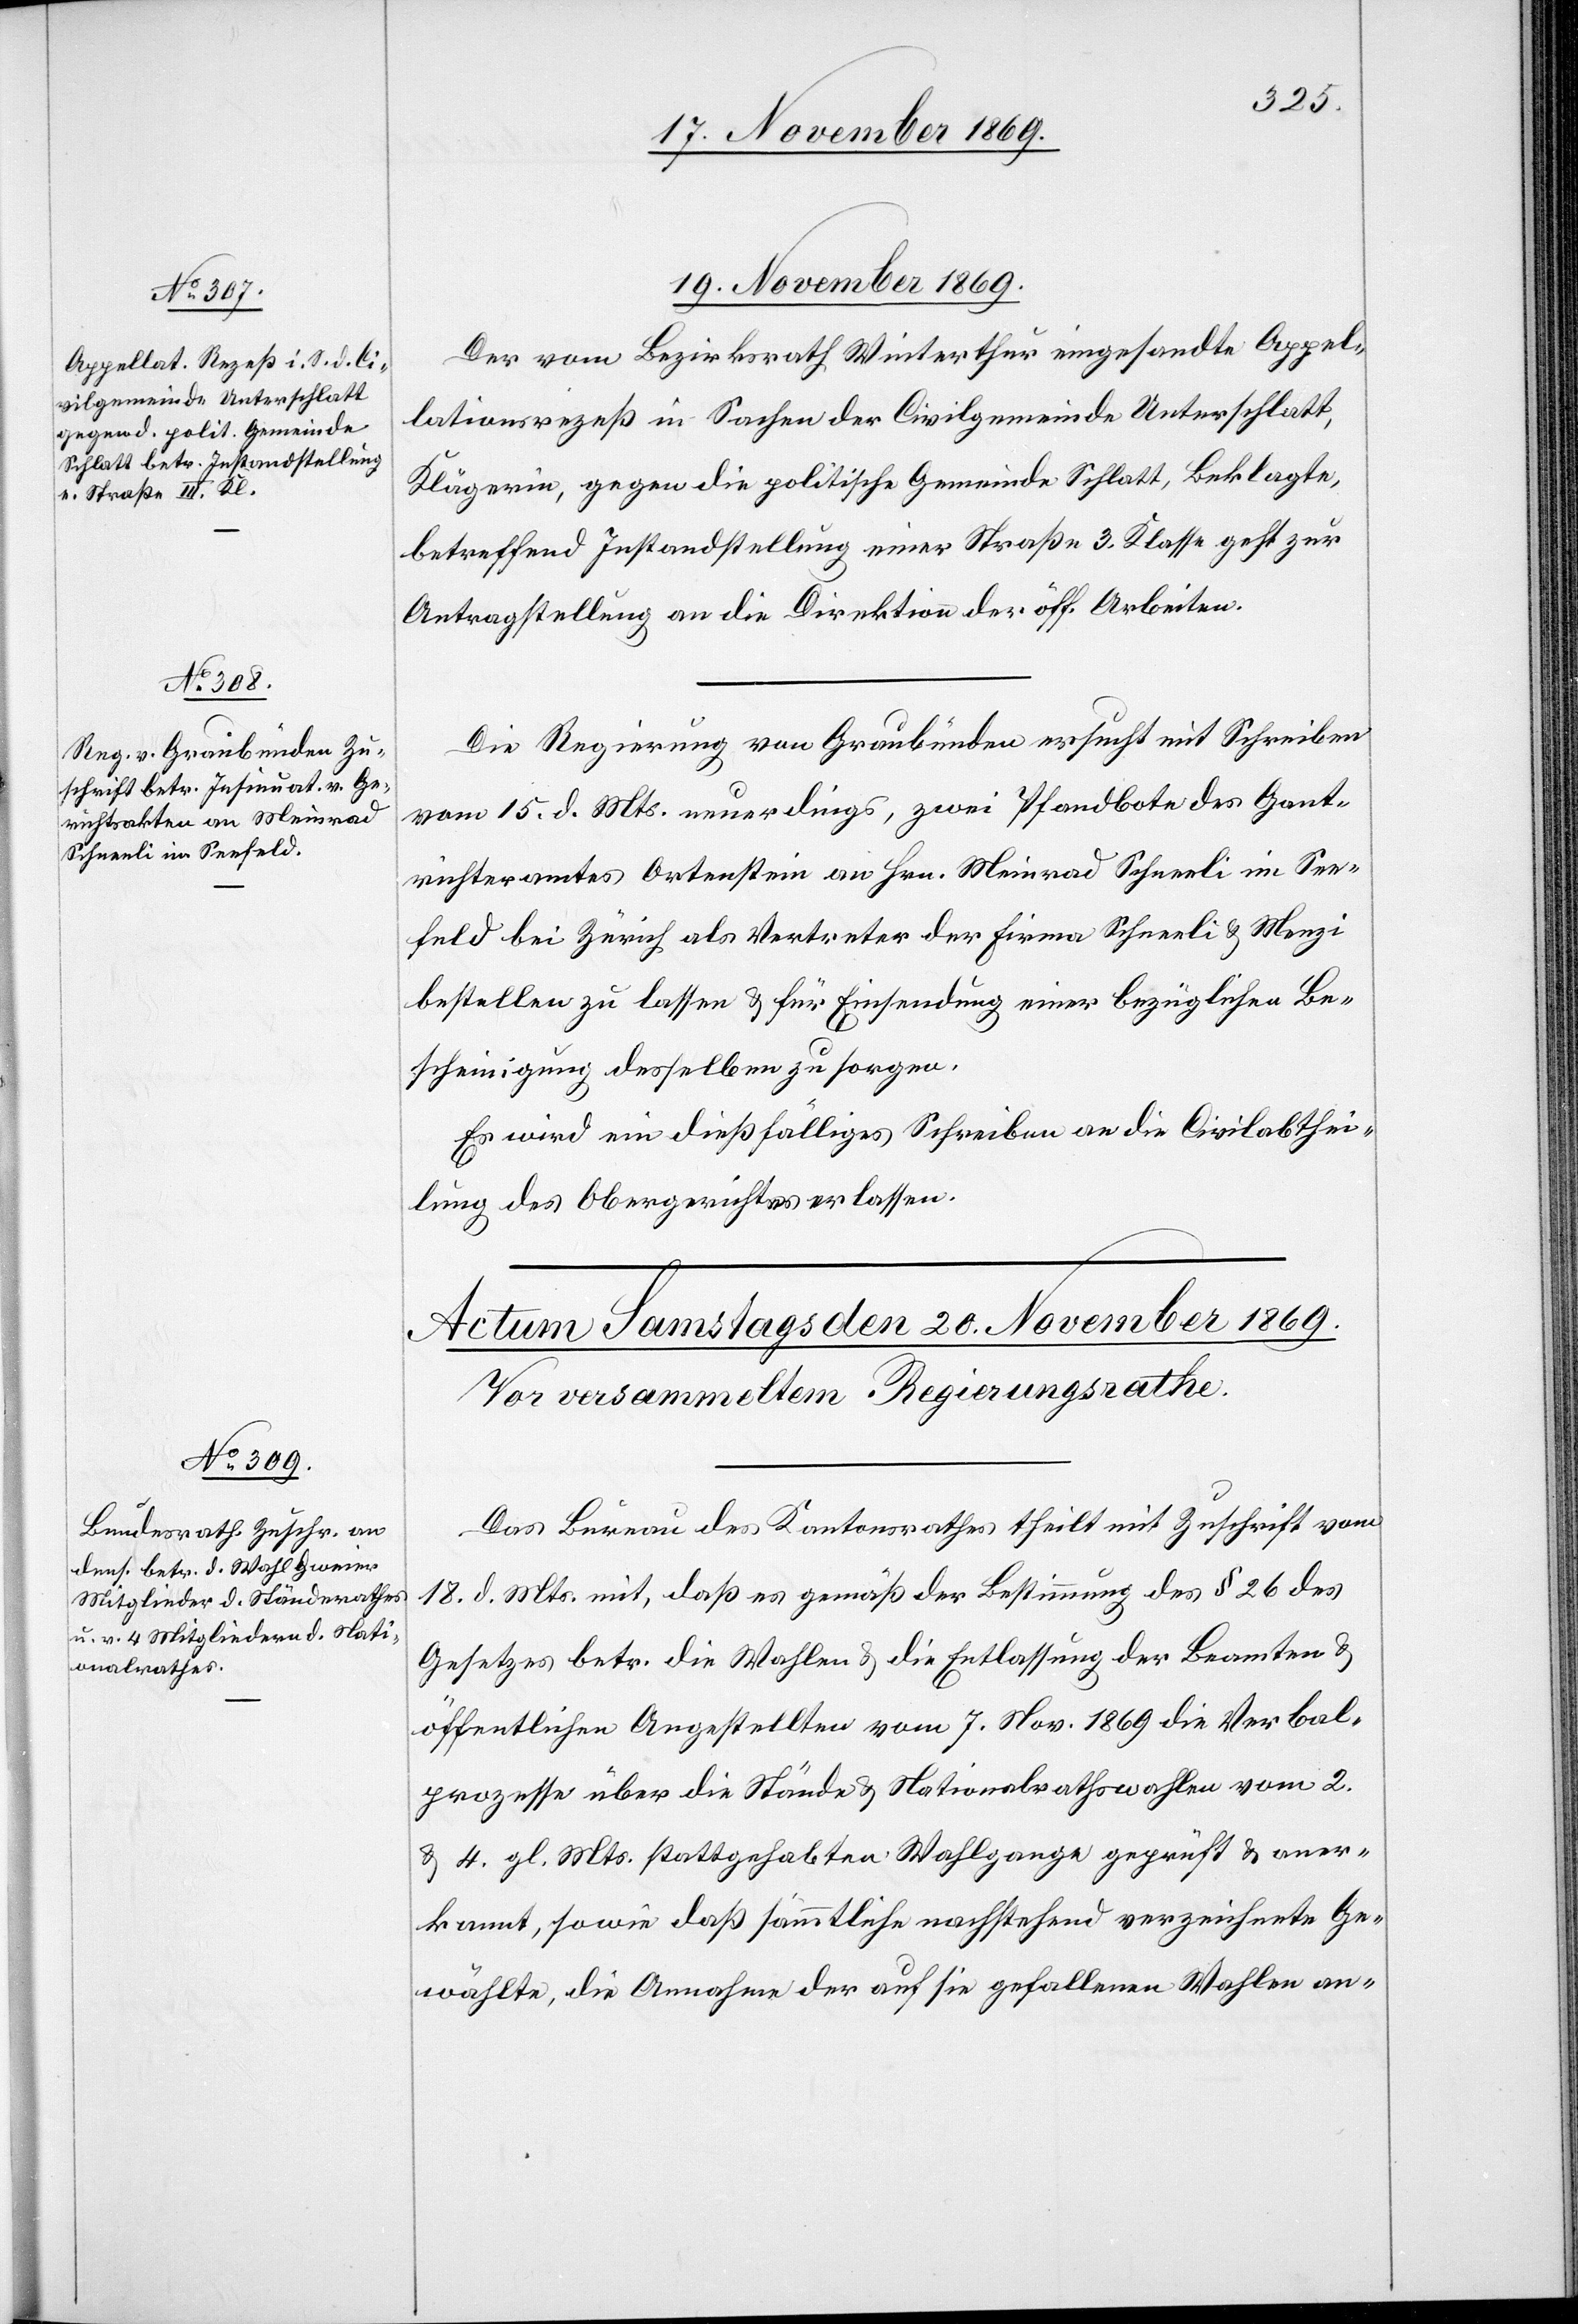
19. November 1869.]
Der vom Bezirksrath Winterthur eingesandte Appel¬
lationsrezeß in Sachen der Civilgemeinde Unterschlatt,
Klägerin, gegen die politische Gemeinde Schlatt, Beklagte,
betreffend Instandstellung einer Straße 3. Klasse geht zur
Antragstellung an die Direktion der öff. Arbeiten.
Die Regierung von Graubünden ersucht mit Schreiben
vom 15. d. Mts. neuerdings, zwei Pfandbote des Gant¬
richteramtes Ortenstein an Hrn. Meinrad Schneeli im See¬
feld bei Zürich als Vertreter der Firma Schneeli & Menzi
bestellen zu lassen & für Einsendung einer bezüglichen Be¬
scheinigung desselben zu sorgen.
Es wird ein dießfälliges Schreiben an die Civilabthei¬
lung des Obergerichtes erlassen.
Das Bureau des Kantonsrathes theilt mit Zuschrift vom
18. d. Mts. mit, daß es gemäß der Bestimmung des § 26 des
Gesetzes betr. die Wahlen & die Entlassung der Beamten &
öffentlichen Angestellten vom 7. Nov. 1869 die Verbal¬
prozesse über die Stände & Nationalrathswahlen vom 2.
& 4. gl. Mts. stattgehabten Wahlgange geprüft & aner¬
kannt, sowie daß sämmtliche nachstehend verzeichnete Ge¬
wählte, die Annahme der auf sie gefallenen Wahlen an-